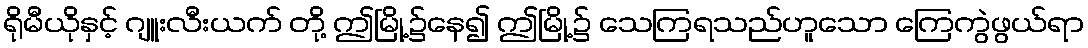
ရိုမီယိုနှင့် ဂျူးလီးယက် တို့ ဤမြို့၌နေ၍ ဤမြို့၌ သေကြရသည်ဟူသော ကြေကွဲဖွယ်ရာ